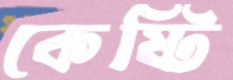
কেষ্টি